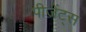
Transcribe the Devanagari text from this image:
पीजेंट्स